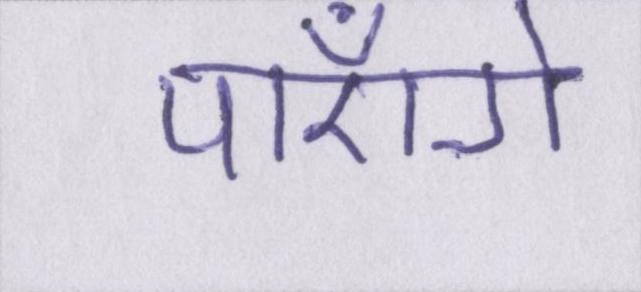
पाएँगे